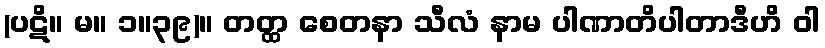
(ပဋိ။ မ။ ၁။၃၉)။ တတ္ထ စေတနာ သီလံ နာမ ပါဏာတိပါတာဒီဟိ ဝါ